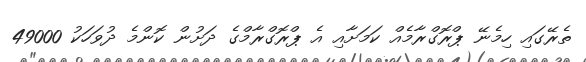
ތެރޭގައި ހިމެނޭ ޕްރޮގްރާމެއް ކަމަށާއި އެ ޕްރޮގްރާމްގެ ދަށުން ކޮންމެ ދުވަހަކު 49000